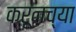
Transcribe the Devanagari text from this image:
करूनच्या